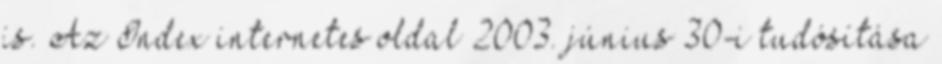
is. Az Index internetes oldal 2003. június 30-i tudósítása